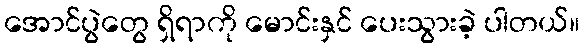
အောင်ပွဲတွေ ရှိရာကို မောင်းနှင် ပေးသွားခဲ့ ပါတယ်။